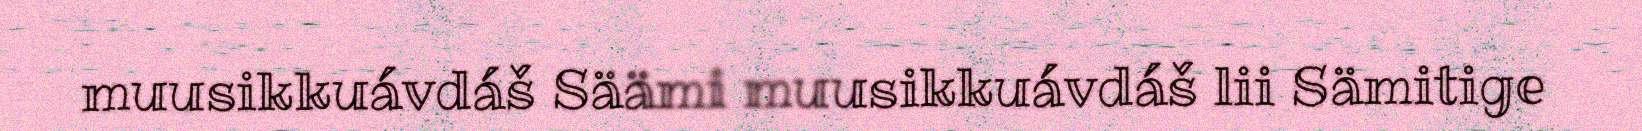
muusikkuávdáš Säämi muusikkuávdáš lii Sämitige